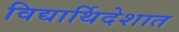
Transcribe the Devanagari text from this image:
विद्यार्थिदेशात